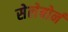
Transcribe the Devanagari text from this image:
सेलेबोर्न